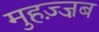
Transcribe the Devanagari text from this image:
मुहज़्ज़ब